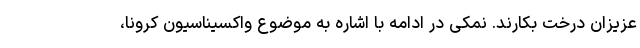
عزیزان درخت بکارند. نمکی در ادامه با اشاره به موضوع واکسیناسیون کرونا،